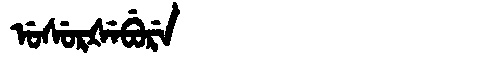
Manchu: ᡠᠰᡠᡵᡧᡝᠪᡠᡵᡝ
Romanization: USURŠEBURE